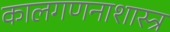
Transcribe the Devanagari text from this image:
कालगणनाशास्त्र